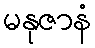
မနုဇာနံ